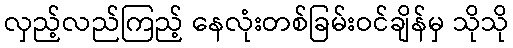
လှည့်လည်ကြည့် နေလုံးတစ်ခြမ်းဝင်ချိန်မှ သိုသို